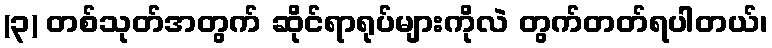
(၃) တစ်သုတ်အတွက် ဆိုင်ရာရုပ်များကိုလဲ တွက်တတ်ရပါတယ်၊